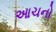
આચનો